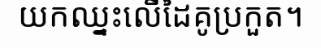
យកឈ្នះលើដៃគូប្រកួត។